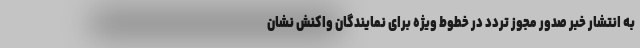
به انتشار خبر صدور مجوز تردد در خطوط ویژه برای نمایندگان واکنش نشان